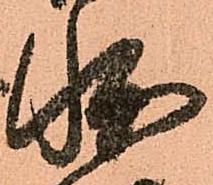
状